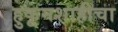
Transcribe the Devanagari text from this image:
हुकूमशाहीचा